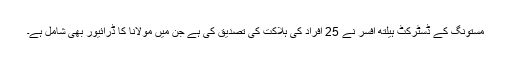
مستونگ کے ڈسٹرکٹ ہیلتھ افسر نے 25 افراد کی ہلاکت کی تصدیق کی ہے جن میں مولانا کا ڈرائیور بھی شامل ہے۔